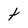
Character: t